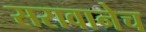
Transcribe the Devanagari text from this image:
सरावानेच